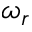
\omega _ { r }